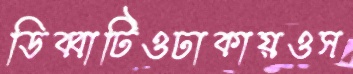
ডিব্বাটিওঢাকায়ওস